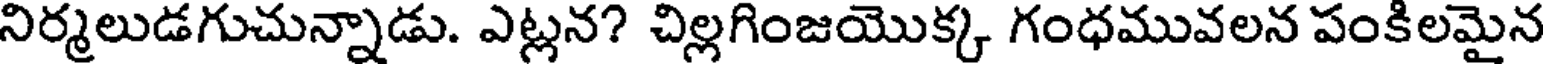
నిర్మలుడగుచున్నాడు. ఎట్లన? చిల్లగింజయొక్క గంధమువలన పంకిలమైన